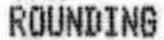
ROUNDING